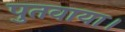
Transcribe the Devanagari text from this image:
पुतवाया।